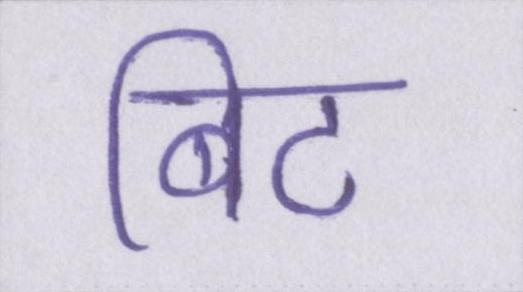
बिट